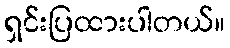
ရှင်းပြထားပါတယ်။